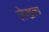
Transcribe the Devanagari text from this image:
लेखका